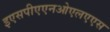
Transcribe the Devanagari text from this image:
इएसपीएएनओएलएएस